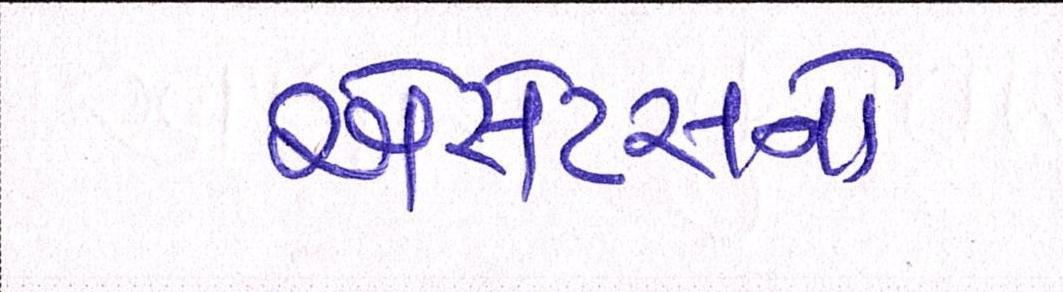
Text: એસેટસનો